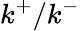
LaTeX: k^{+}/k^{-}